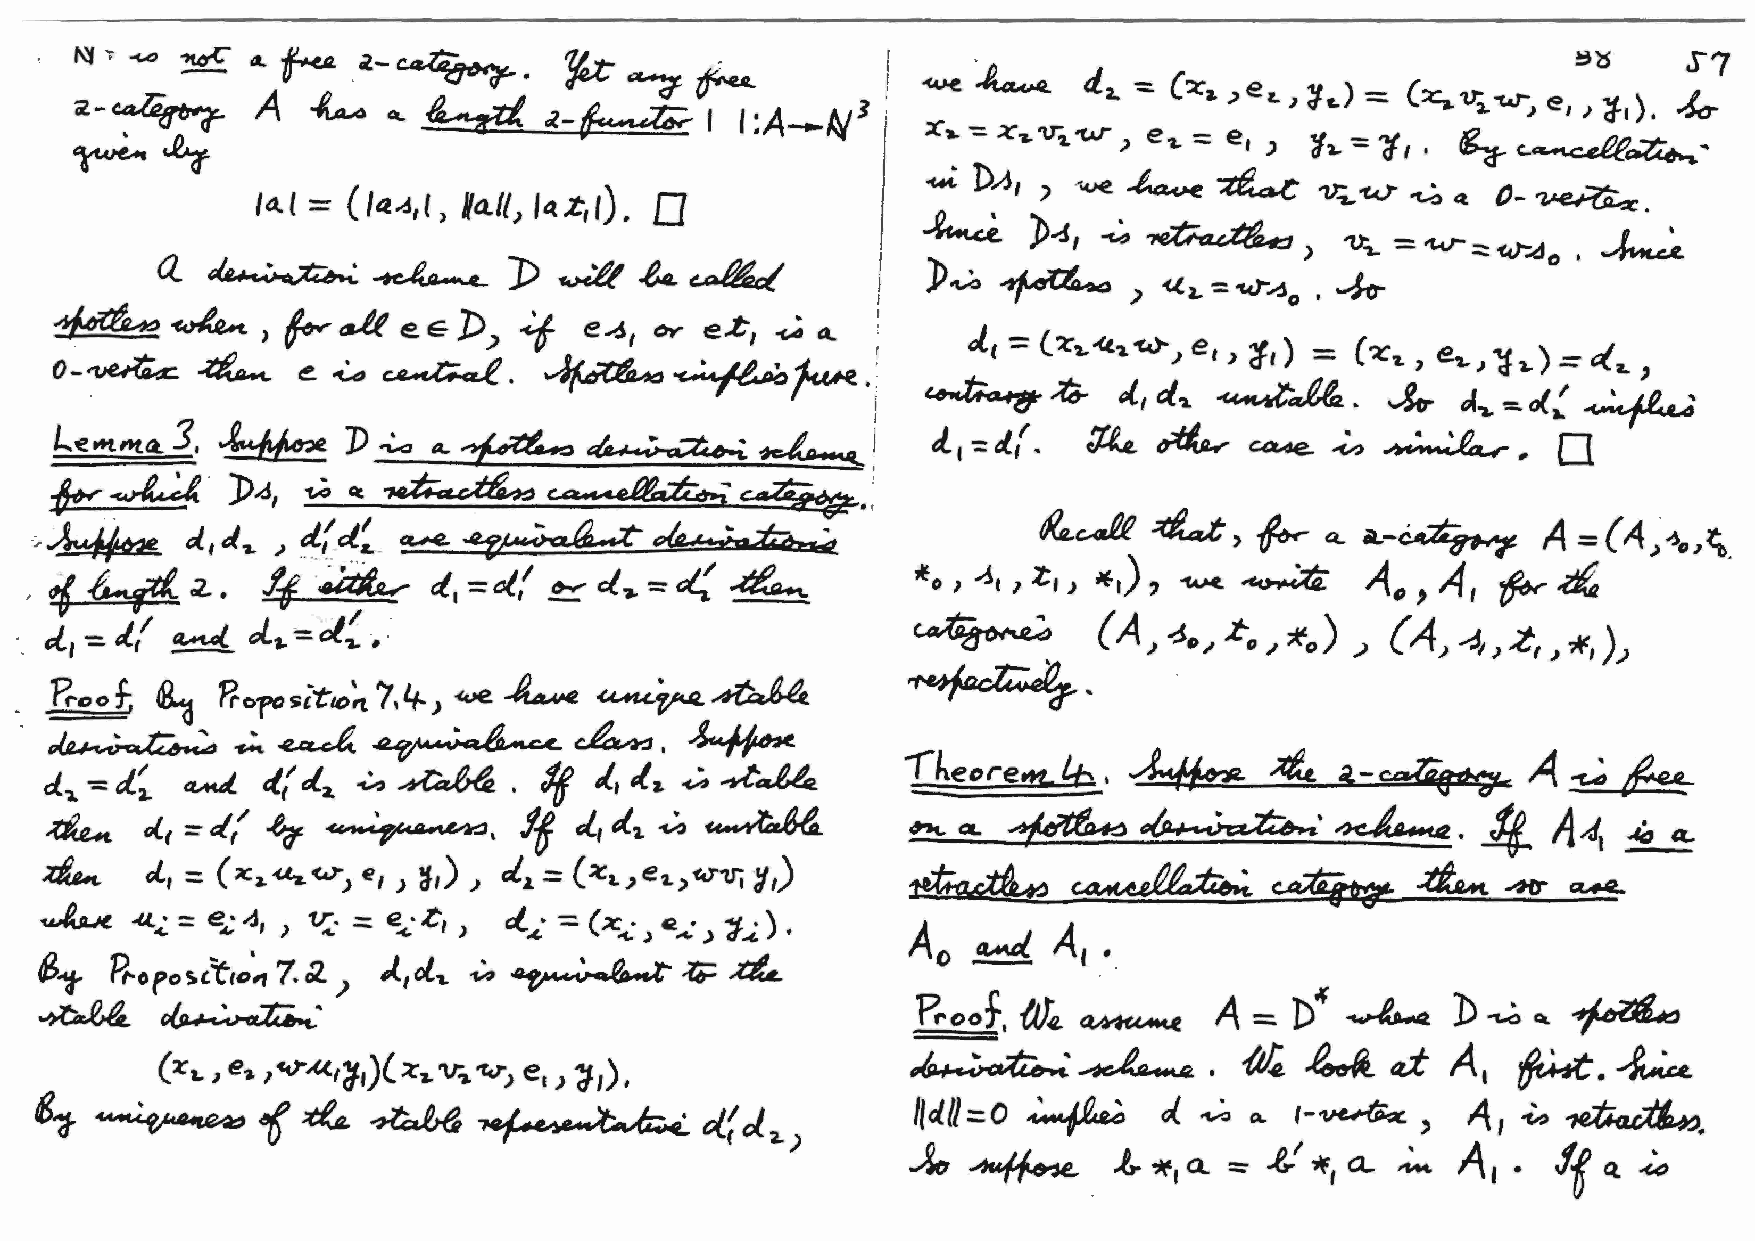
=
 J., = ( l:''l. -<t~ 'tc.)--,, e, , -;1 1 ) = (-:>: '&. , e'l.) ~ '&-) <:( '&.. ,
 ~~           '1/.,d-a. ~&.     ~    of.._=.~:~
 d., -::: J.,'. ~ ~   c:ewe. ,,;,,, ~  ., 0
 ~vJR   ~'     ~      A.-~        A =(A.,·~o,~.
 Q..
 A., ' At
 *o , ~. / ~I ~,)' ~   ~                ~   ~
 J
 ~            (A_, ~o_, Z-o _, *o) .,) {A_, ~I; ..t, )..>
 J *1
 ~'
 (%a., e.,, 1vM.1~1)(::r.,., v-'J, 'fcl"> e, > 'd ),
 1
 6(1- ~         ~  ~   ~       ~             d.~J.2-)